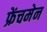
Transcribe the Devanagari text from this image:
फ्रेंचमेन